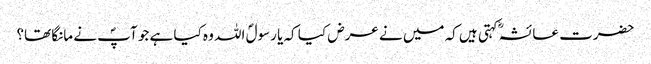
حضرت عائشہؓ کہتی ہیں کہ میں نے عرض کیا کہ یا رسولؐ اللہ وہ کیا ہے جو آپؐ نے مانگا تھا؟